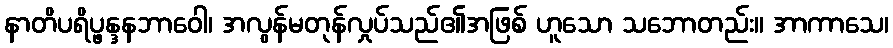
နာတိပရိပ္ဖန္ဒနဘာဝေါ၊ အလွန်မတုန်လှုပ်သည်၏အဖြစ် ဟူသော သဘောတည်း။ အာကာသေ၊